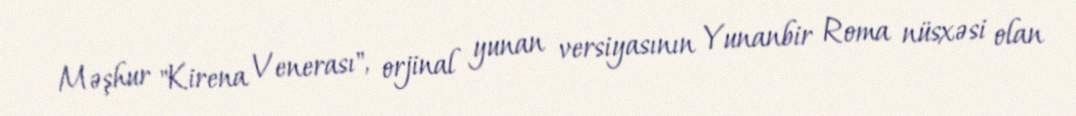
Məşhur "Kirena Venerası", orjinal yunan versiyasının Yunanbir Roma nüsxəsi olan